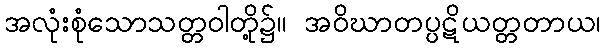
အလုံးစုံသောသတ္တဝါတို့၌။ အဝိဃာတပ္ပဋိယတ္တတာယ၊